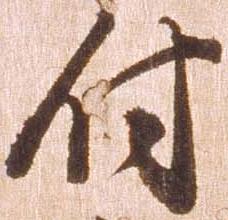
付